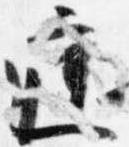
庭